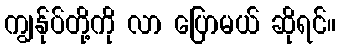
ကျွန်ုပ်တို့ကို လာ ပြောမယ် ဆိုရင်။